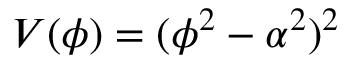
V ( \phi ) = ( \phi ^ { 2 } - \alpha ^ { 2 } ) ^ { 2 }